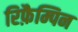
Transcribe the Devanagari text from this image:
रिफ़ैम्पिन